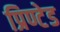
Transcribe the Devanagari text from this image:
प्रिण्टेड